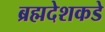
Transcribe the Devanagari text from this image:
ब्रह्मदेशकडे